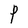
Character: P